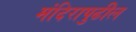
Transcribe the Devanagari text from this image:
मंदिरापुढील